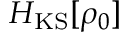
H _ { \mathrm { K S } } [ \rho _ { 0 } ]